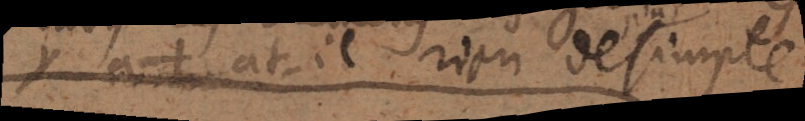
Y a-t-il rien de simple